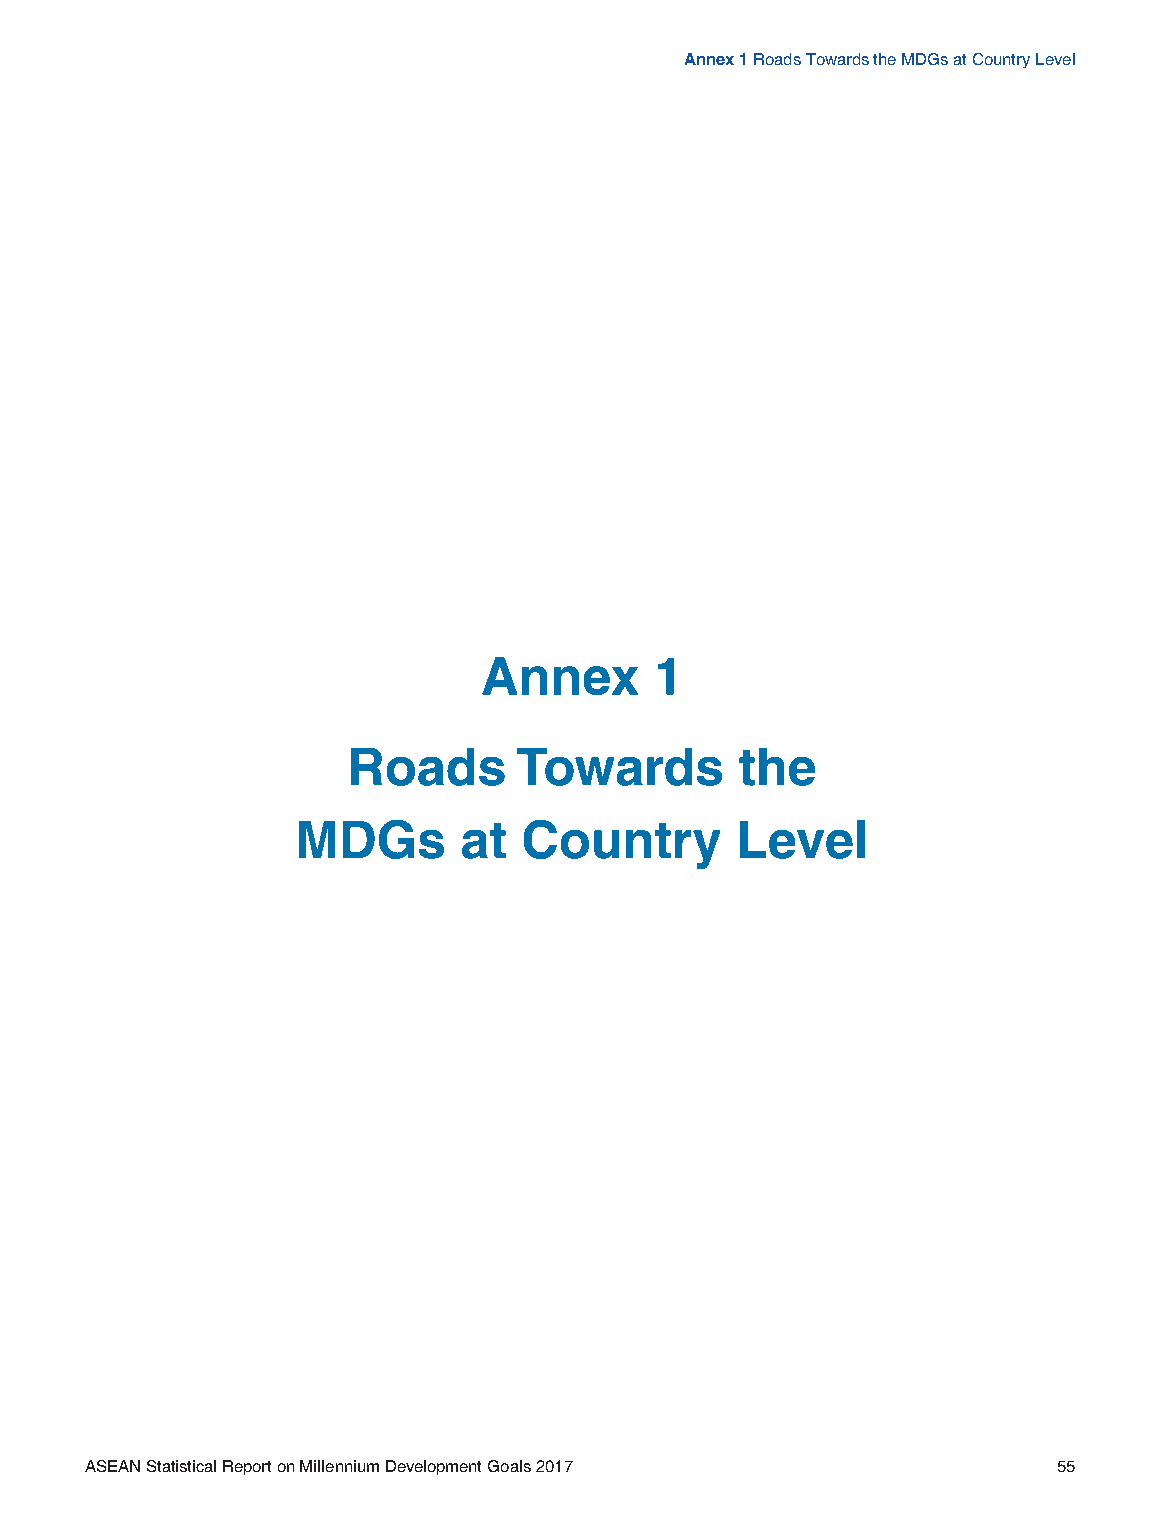
Annex 1 Roads Towards the MDGs at Country Level
 Annex      1
 Roads      Towards        the
 MDGs      at  Country        Level
 ASEAN Statistical Report on Millennium Development Goals 2017   55